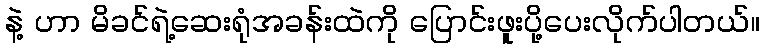
နဲ့ ဟာ မိခင်ရဲ့ဆေးရုံအခန်းထဲကို ပြောင်းဖူးပို့ပေးလိုက်ပါတယ်။